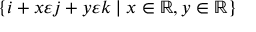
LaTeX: \{ i + x \varepsilon j + y \varepsilon k \mid x \in \mathbb { R } , y \in \mathbb { R } \}